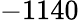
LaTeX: -1140